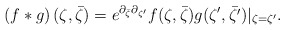
\begin{align*}\left( f * g \right)(\zeta, \bar{\zeta})=e^{\partial_{{\bar \zeta}}\partial_{{\zeta^\prime}}} f(\zeta, \bar{\zeta})g(\zeta^{\prime}, \bar{\zeta^\prime}) |_{\zeta =\zeta^{\prime}}.\end{align*}